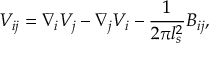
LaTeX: V _ { i j } = \nabla _ { i } V _ { j } - \nabla _ { j } V _ { i } - \frac { 1 } { 2 \pi l _ { s } ^ { 2 } } B _ { i j } ,